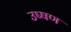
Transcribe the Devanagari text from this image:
उष्षण